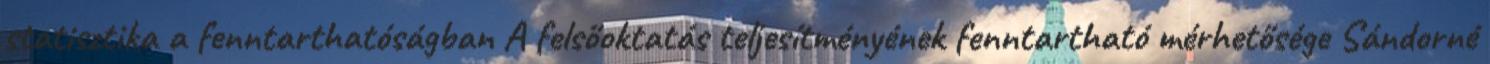
statisztika a fenntarthatóságban A felsőoktatás teljesítményének fenntartható mérhetősége Sándorné